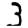
Digit: 3